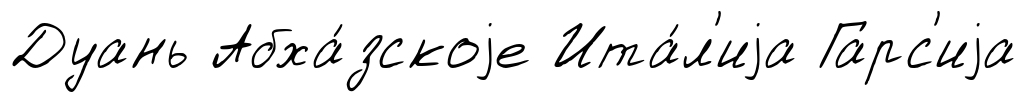
Дуань Абха́зскоjе Ита́л'иjа Гарс'иjа